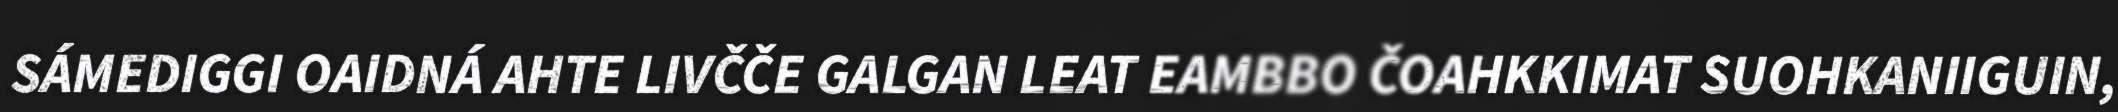
SÁMEDIGGI OAIDNÁ AHTE LIVČČE GALGAN LEAT EAMBBO ČOAHKKIMAT SUOHKANIIGUIN,